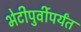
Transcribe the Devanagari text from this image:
भेटीपुर्वीपर्यंत